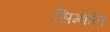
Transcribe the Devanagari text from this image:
सिम्बॉल